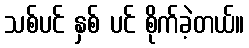
သစ်ပင် နှစ် ပင် စိုက်ခဲ့တယ်။